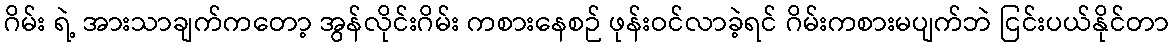
ဂိမ်း ရဲ့ အားသာချက်ကတော့ အွန်လိုင်းဂိမ်း ကစားနေစဉ် ဖုန်းဝင်လာခဲ့ရင် ဂိမ်းကစားမပျက်ဘဲ ငြင်းပယ်နိုင်တာ